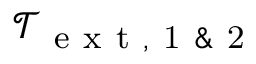
\mathcal { T } _ { \mathrm { ~ e ~ x ~ t ~ , ~ 1 ~ \& ~ 2 ~ } }